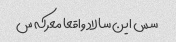
سس این سالاد واقعا معرکه س